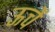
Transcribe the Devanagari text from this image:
ऊचें